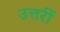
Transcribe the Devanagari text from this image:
उत्तर्री